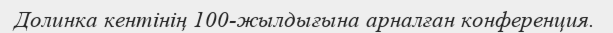
Долинка кентінің 100-жылдығына арналған конференция.